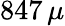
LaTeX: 847\, \mu